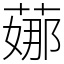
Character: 𦶦